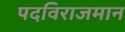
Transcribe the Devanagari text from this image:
पदविराजमान